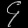
Digit: ၄